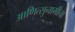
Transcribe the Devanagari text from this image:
आणित्सुनामीचा